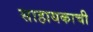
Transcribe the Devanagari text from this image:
साहायकाची